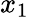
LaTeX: x_{1}